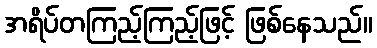
အရိပ်တကြည့်ကြည့်ဖြင့် ဖြစ်နေသည်။